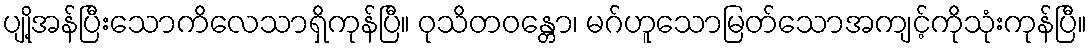
ပျို့အန်ပြီးသောကိလေသာရှိကုန်ပြီ။ ဝုသိတဝန္တော၊ မဂ်ဟူသောမြတ်သောအကျင့်ကိုသုံးကုန်ပြီ။